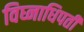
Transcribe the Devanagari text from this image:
विघ्नाधिपती